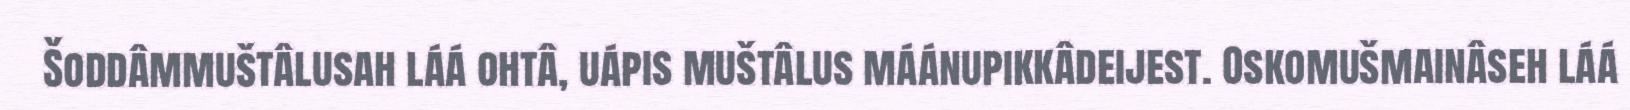
Šoddâmmuštâlusah láá ohtâ, uápis muštâlus máánupikkâdeijest. Oskomušmainâseh láá